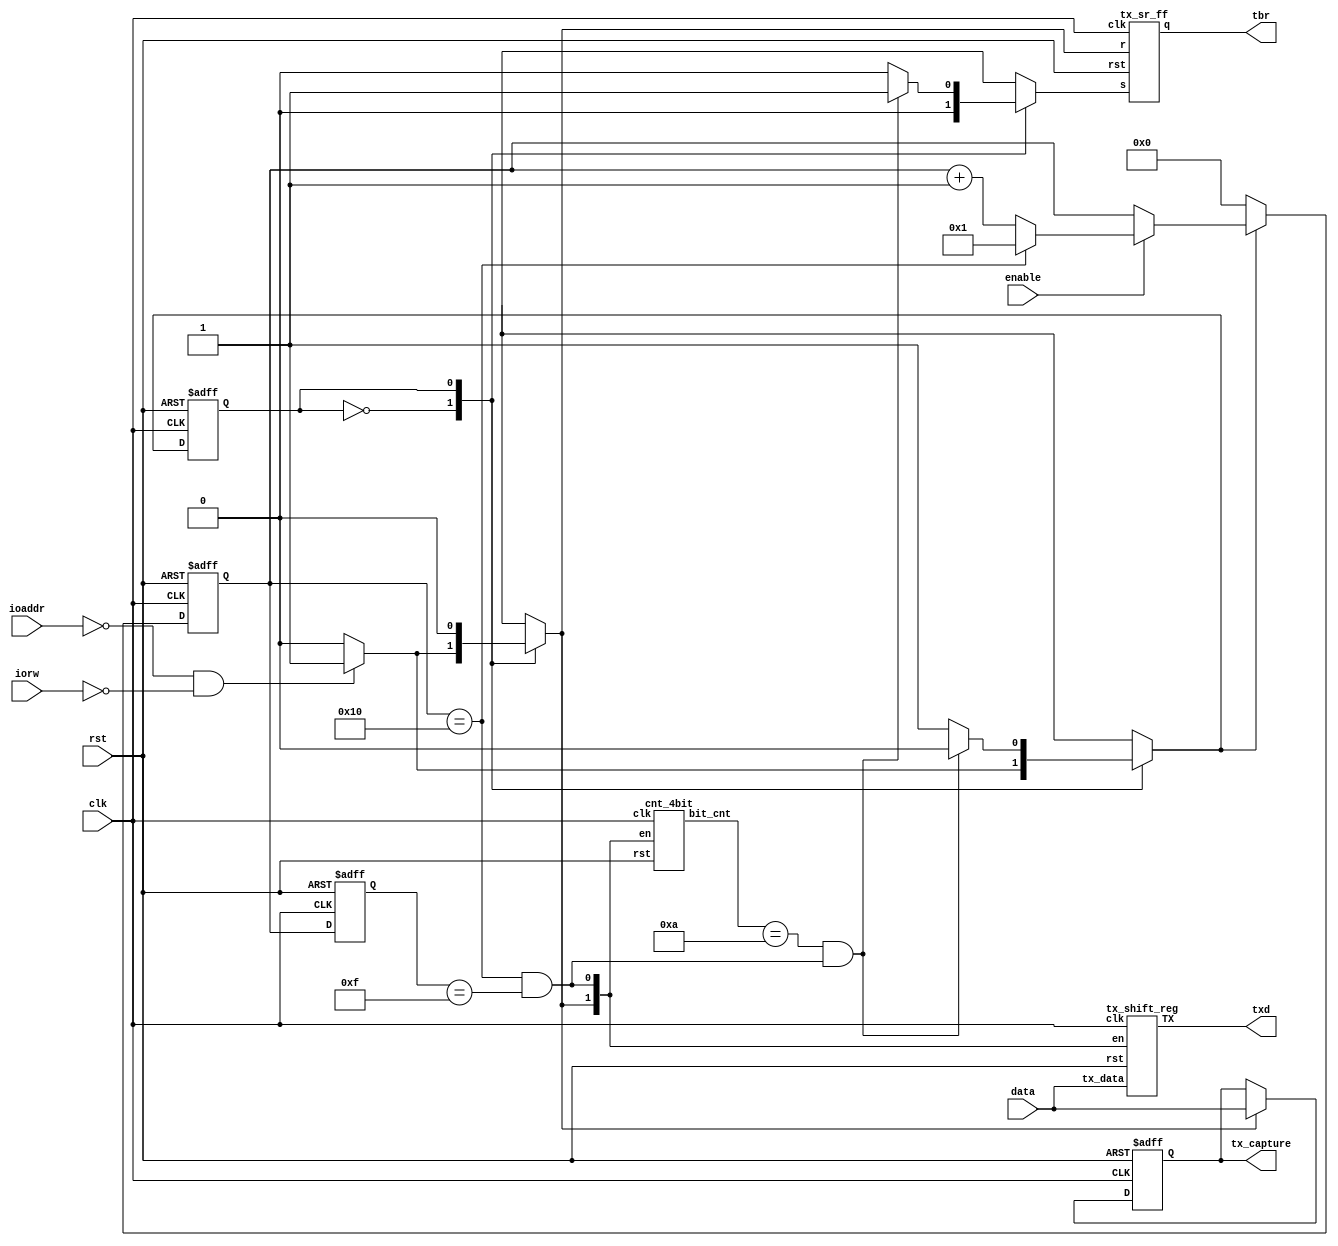
/*
Transmitter
Outputs a "1" until a data byte is loaded then outputs a start bit, the data byte,
and stop bit one bit at a time. Each bit is held for 16 enable signals.
*/
module spart_tx_old(
	input clk,
	input rst,
	input enable,
	input [7:0] data,
	input [1:0] ioaddr,
	input iorw,
	output txd,
	output tbr,
	output reg [7:0] tx_capture
);

reg load, transmitting;
wire [3:0] bit_cnt;
reg [4:0] en_cnt, old_en_cnt;

localparam IDLE = 1'b0;
localparam TRMT = 1'b1;

wire trmt;
assign trmt = (ioaddr == 2'b00 && ~iorw);
wire shift;
assign shift = en_cnt == 5'd16 && old_en_cnt == 5'd15;

always @(posedge clk, posedge rst)
  if(rst)
	old_en_cnt = 5'h00;
  else
	old_en_cnt = en_cnt;

reg state, nxt_state, set_done, clr_done;

cnt_4bit bit_counter(.en({load,shift}), .clk(clk), .rst(rst), .bit_cnt(bit_cnt));

tx_shift_reg shift_register(.en({load,shift}), .clk(clk), .rst(rst), .tx_data(data), .TX(txd));

tx_sr_ff tx_done_flop(.q(tbr), .s(set_done), .r(clr_done), .rst(rst), .clk(clk));

wire [4:0] in;

// Counts the number of enable signals 
assign in = transmitting ? 
		~enable ? en_cnt :
		enable ? (en_cnt == 5'd16) ? 5'h01 : ( en_cnt + 1 ) : 5'h01 : 5'h00;

always @(posedge clk, posedge rst)
  if(rst)
	en_cnt = 5'h00;
  else
	en_cnt = in;

// Test signal - Captures data in buffer
always @(posedge clk, posedge rst)
  if(rst)
	tx_capture <= 8'hFF;
  else if(load)
	tx_capture <= data;

always @(posedge clk, posedge rst) begin
	if(rst)	state <= IDLE;
	else		state <= nxt_state;
end

always @(*) begin
	nxt_state = IDLE;
	load = 0;
	transmitting = 0;
	set_done = 0;
	clr_done = 0;
	
	case(state)
	  IDLE : 
	  begin
		if(trmt)
		begin
			nxt_state = TRMT;
			clr_done = 1;
			load = 1;
			transmitting = 1;
		end
	  end
	  TRMT : 
	  begin
		if(bit_cnt == 4'd10 && shift)
		begin
			nxt_state = IDLE;
			set_done = 1;
			clr_done = 0;
		end else
		begin
			nxt_state = TRMT;
			clr_done = 0;
			transmitting = 1;
		end
	  end
	  default : nxt_state = IDLE;
	endcase
end

endmodule

/*
Counts from zero to ten keeping track of how many bits have been transmitted
*/
module cnt_4bit(en, clk, rst, bit_cnt);

input clk, rst;
input [1:0] en; // {load, shift}
output reg [3:0] bit_cnt;

wire [3:0] in;
reg old;
wire shift;

assign in = ~|en ? bit_cnt :
		~en[1] ? (bit_cnt == 4'd10) ? 4'h0 : ( bit_cnt + 1 ) : 4'h0;

// Edge detector to hold the shift enable high for a single clock cycle
always @(posedge clk, posedge rst)
  if(rst)
	old = 0;
  else
	old = en[0];

assign shift = en[0] && ~old;

always @(posedge clk, posedge rst)
	if(rst)
		bit_cnt <= 4'h0;
	else if(shift)
		bit_cnt <= in;

endmodule

/*
Holds the output high until data is loaded for transmitting then outputs
a start bit, data bit, and stop bit. The register is loaded and shifts
when an enable signal is received
*/
module tx_shift_reg(en, clk, rst, tx_data, TX);

input clk, rst;
input [1:0] en; // {load, shift}
input [7:0] tx_data;

output TX;

wire [9:0] in;
reg [9:0] tx_shft_reg;

reg old;
wire shift;

// Edge detector to hold the shift enable high for a single clock cycle
always @(posedge clk, posedge rst)
  if(rst)
	old = 0;
  else
	old = en[0];

assign shift = en[0] && ~old;

assign in = ~|en ? tx_shft_reg :
		~en[1] ? {1'b1, tx_shft_reg[9:1]} : {1'b1, tx_data, 1'b0};

assign TX = tx_shft_reg[0];

always @(posedge clk, posedge rst)
	if(rst)
		tx_shft_reg <= 10'h3FF;
	else if(en[1] || shift)
		tx_shft_reg <= in;

endmodule

/*
SR Flip Flop
*/
module tx_sr_ff(q, s, r, rst, clk);

input clk, s, r, rst;
output reg q;

always @(posedge clk, posedge rst)
  if(rst)
    q <= 1;
  else if(r)
    q <= 0;
  else if(s)
    q <= 1;
  else
    q <= q;

endmodule